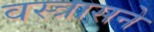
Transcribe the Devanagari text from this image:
वस्त्रासने